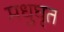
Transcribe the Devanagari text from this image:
मधुघृत